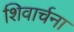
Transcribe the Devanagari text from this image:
शिवार्चना